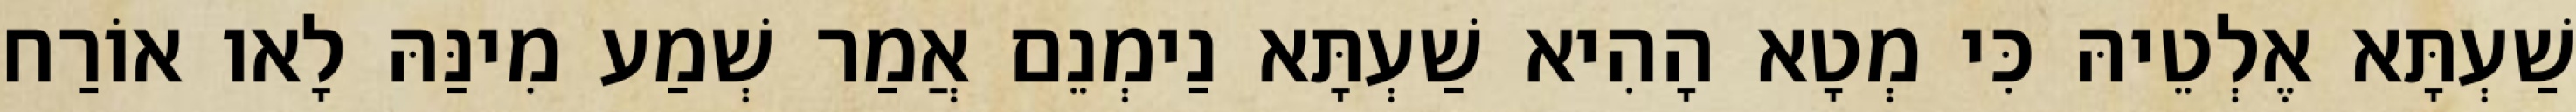
שַׁעְתָּא אֶלְטֵיהּ כִּי מְטָא הָהִיא שַׁעְתָּא נַימְנֵם אֲמַר שְׁמַע מִינַּהּ לָאו אוֹרַח